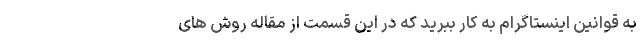
به قوانین اینستاگرام به کار ببرید که در این قسمت از مقاله روش های